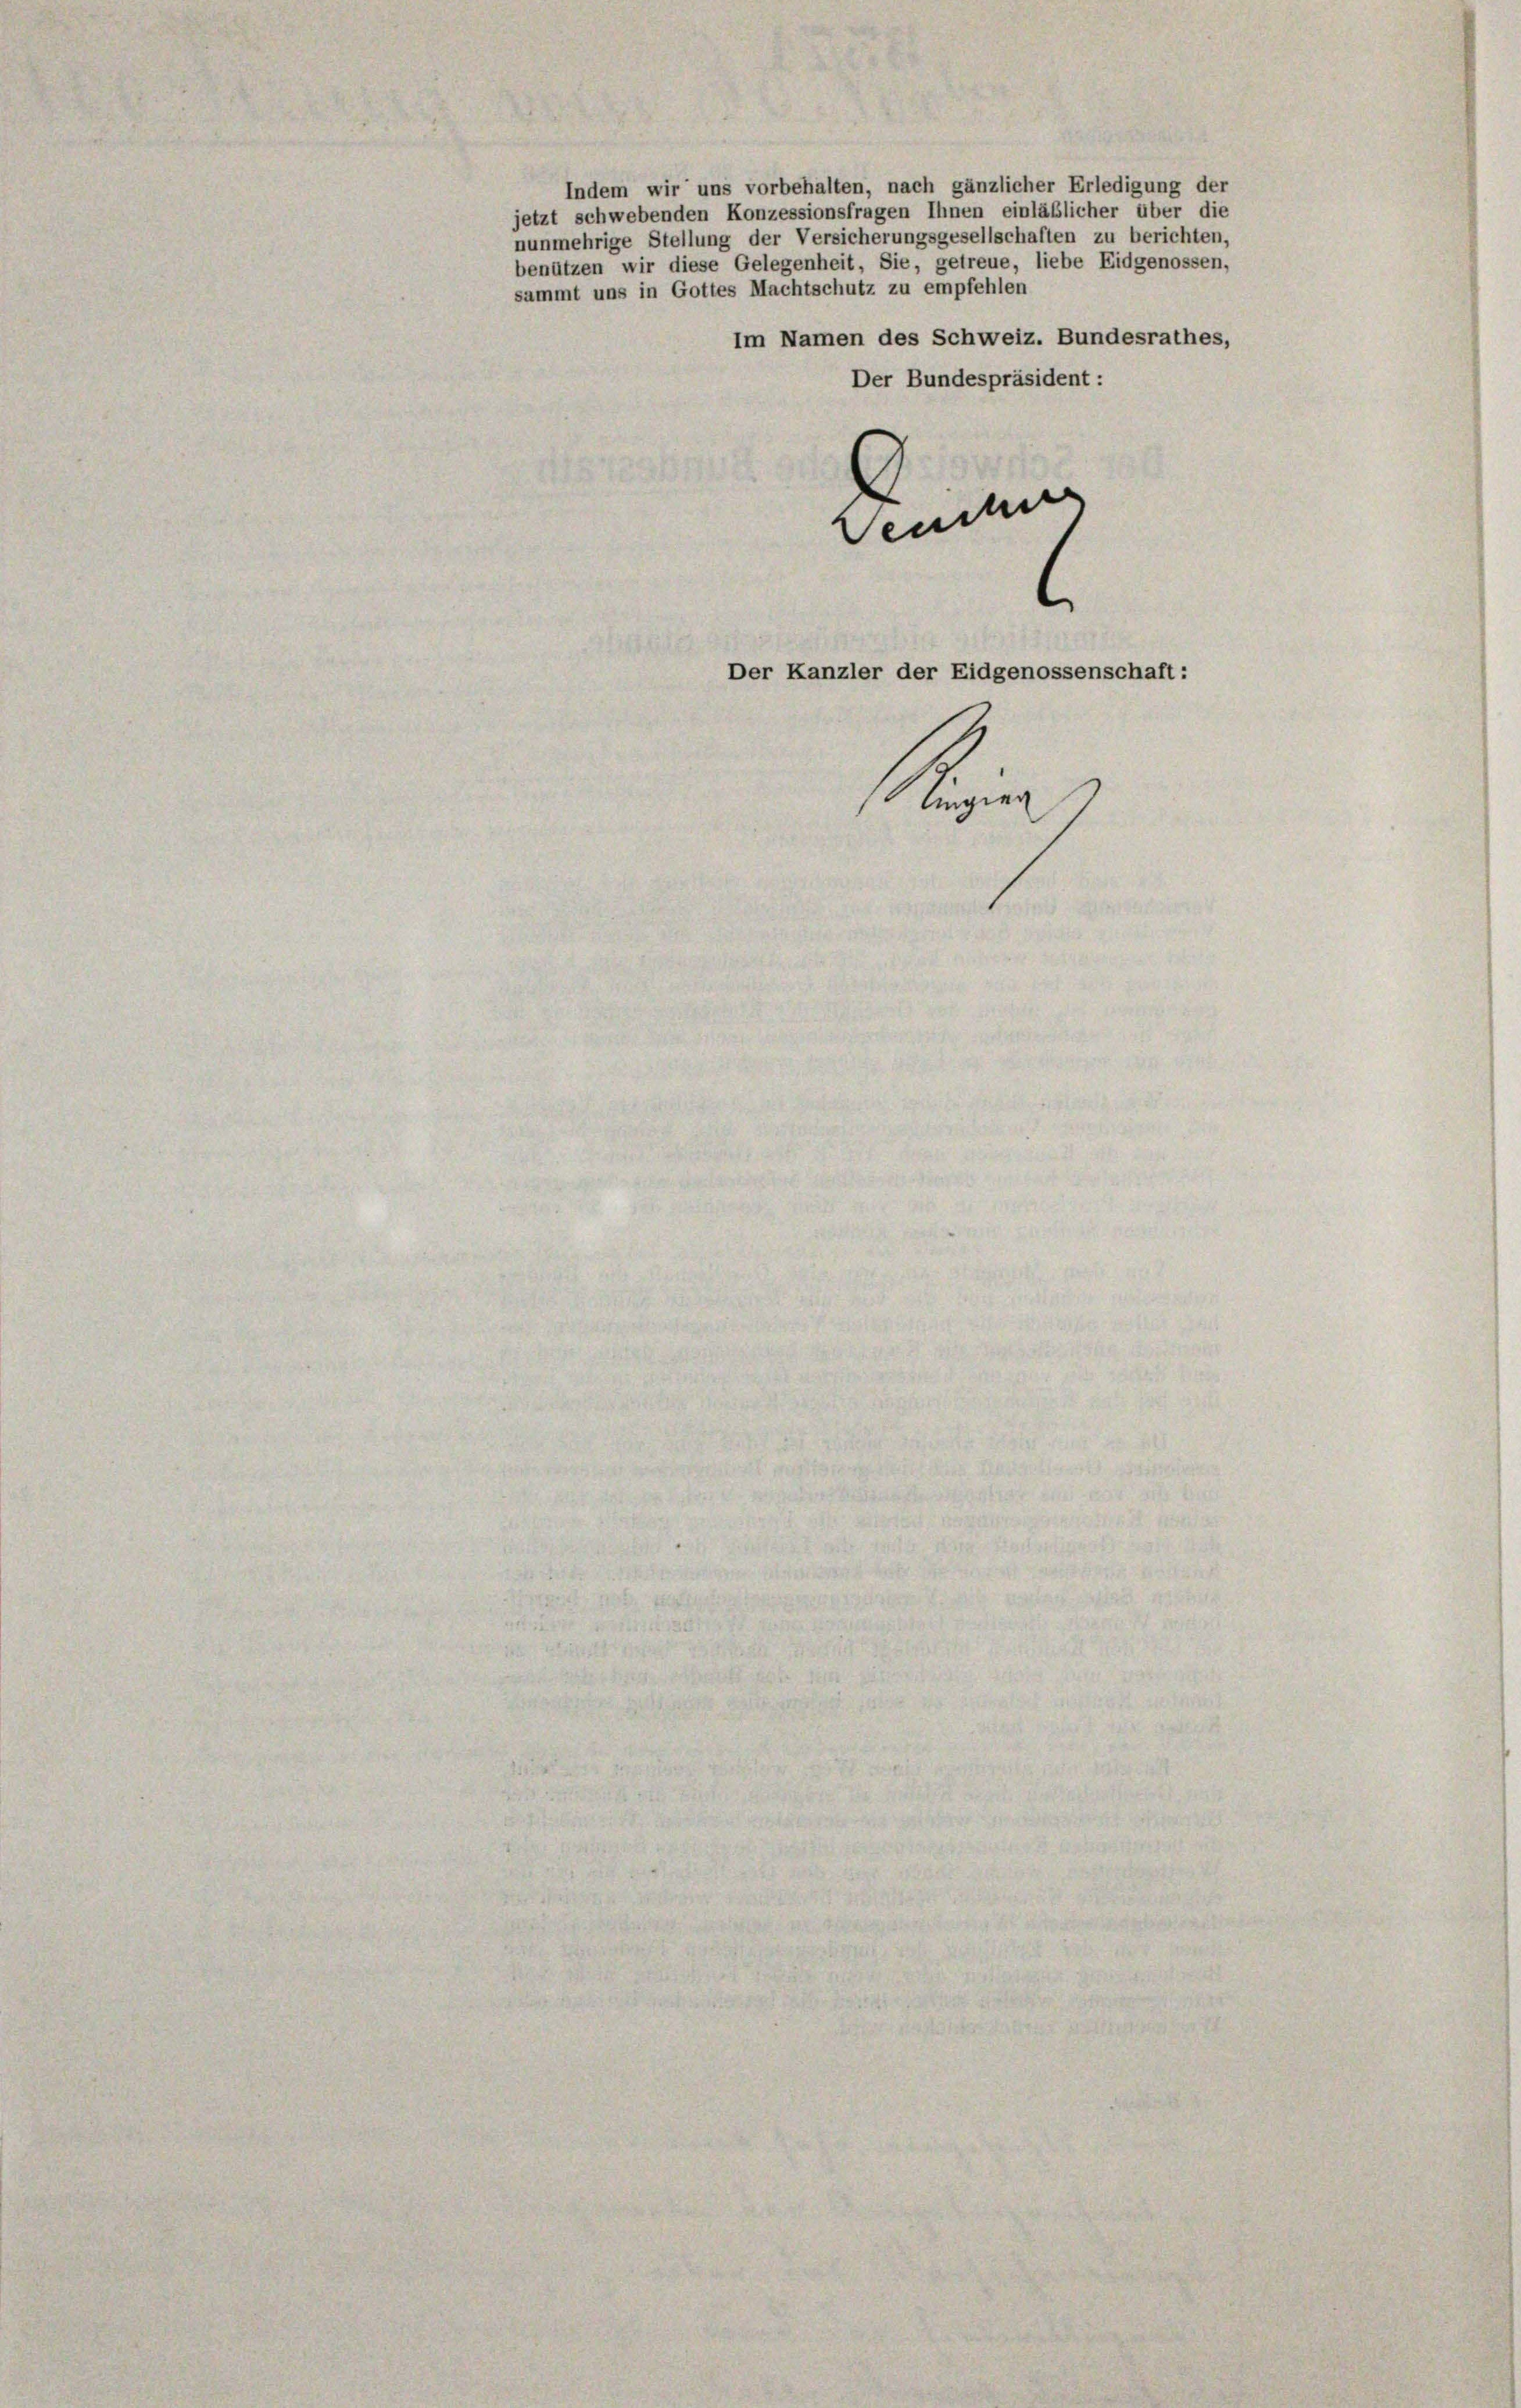
Indem wir uns vorbehalten, nach gänzlicher Erledigung der
jetzt schwebenden Konzessionsfragen Ihnen einläßlicher über die
nunmehrige Stellung der Versicherungsgesellschaften zu berichten,
benützen wir diese Gelegenheit, Sie, getreue, liebe Eidgenossen,
sammt uns in Gottes Machtschutz zu empfehlen

Tender
Der Kanzler der Eidgenossenschaft:
Ringern

Im Namen des Schweiz. Bundesrathes,
Der Bundespräsident: